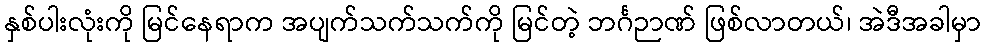
နှစ်ပါးလုံးကို မြင်နေရာက အပျက်သက်သက်ကို မြင်တဲ့ ဘင်္ဂဉာဏ် ဖြစ်လာတယ်၊ အဲဒီအခါမှာ